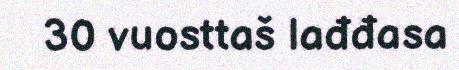
30 vuosttaš lađđasa